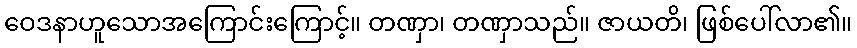
ဝေဒနာဟူသောအကြောင်းကြောင့်။ တဏှာ၊ တဏှာသည်။ ဇာယတိ၊ ဖြစ်ပေါ်လာ၏။